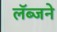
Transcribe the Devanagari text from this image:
लॅब्जने